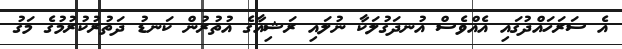
އެ ސަރަހައްދުގައި އެއްވެސް އުނދަގުލަކާ ނުލައި ރަޝިއާގެ އުތުރުން ކަނޑު ދަތުރުކުރުމުގެ މަގު